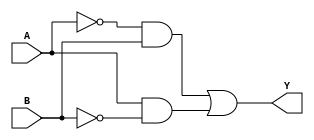
module XOR_Gate(
  input A,
  input B,
  output Y);
  
  assign Y = ~A&&B || A&&~B; 
  
endmodule